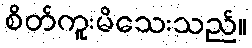
စိတ်ကူးမိသေးသည်။